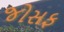
જોસફ